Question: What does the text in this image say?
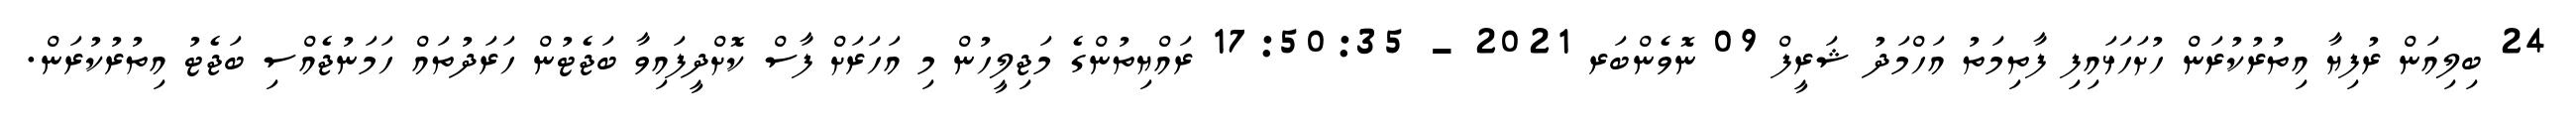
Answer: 24 ބިލިއަން ރުފިޔާ އިތުރުކުރަން ހުށަހަޅައިފި ފާތިމަތު އަހްމަދު ޝަރީފް 09 ނޮވެންބަރ 2021 - 17:50:35 ރައްޔިތުންގެ މަޖިލީހުން މި އަހަރަށް ފާސް ކޮށްދީފައިވާ ބަޖެޓުން ހަރަދުތައް ހަމަނުޖެއްސި ބަޖެޓު އިތުރުކުރަން.